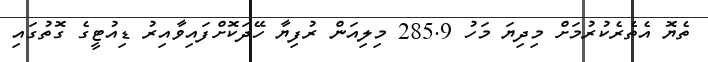
ތެޔޮ އެތެރެކުރުމަށް މިދިޔަ މަހު 285.9 މިލިއަން ރުފިޔާ ހޭދަކޮށްފައިވާއިރު ޑިއުޓީގެ ގޮތުގައި